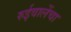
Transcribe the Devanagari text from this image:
रुईवालेंचा